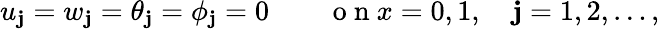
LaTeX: u_{\mathbf{j}}=w_{\mathbf{j}}=\theta_{\mathbf{j}}=\phi_{\mathbf{j}}=0\qquad\mathrm{{~o~n~}}x=0,1,\quad\mathbf{j}=1,2,\dots,